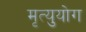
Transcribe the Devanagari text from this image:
मृत्युयोग